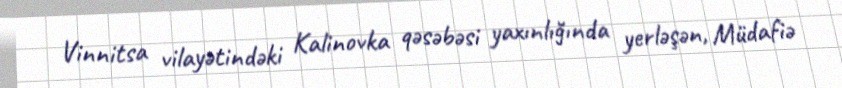
Vinnitsa vilayətindəki Kalinovka qəsəbəsi yaxınlığında yerləşən, Müdafiə